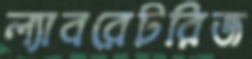
ল্যাবরেটরিজ